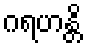
ဂရဟန္တိ